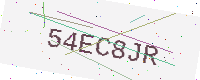
Text: 54EC8JR